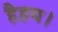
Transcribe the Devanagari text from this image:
हैहय।